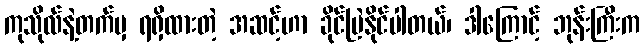
ကုသိုလ်နဲ့တက်မှ ရရှိထားတဲ့ အဆင့်ဟာ ခိုင်မြဲနိုင်ပါတယ်၊ ဒါကြောင့် ဘုန်းကြီးက